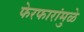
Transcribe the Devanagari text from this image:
फेरफारांमुळे